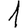
Digit: 1